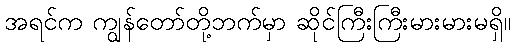
အရင်က ကျွန်တော်တို့ဘက်မှာ ဆိုင်ကြီးကြီးမားမားမရှိ။